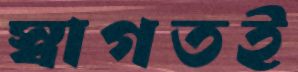
স্বাগতই